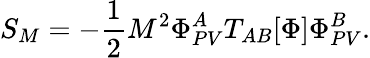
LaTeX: S_{M}=-\frac{1}{2}M^{2}\Phi_{PV}^{A}T_{AB}[\Phi]\Phi_{PV}^{B}.